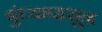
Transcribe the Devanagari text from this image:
बुंध्यापासून